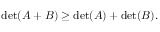
\operatorname* { d e t } ( A + B ) \geq \operatorname* { d e t } ( A ) + \operatorname* { d e t } ( B ) .